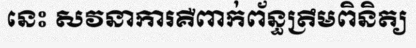
នេះ សវនាការគឺពាក់ព័ន្ធត្រឹមពិនិត្យ